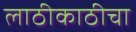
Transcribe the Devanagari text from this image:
लाठीकाठीचा